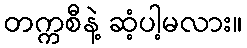
တက္ကစီနဲ့ ဆံ့ပါ့မလား။